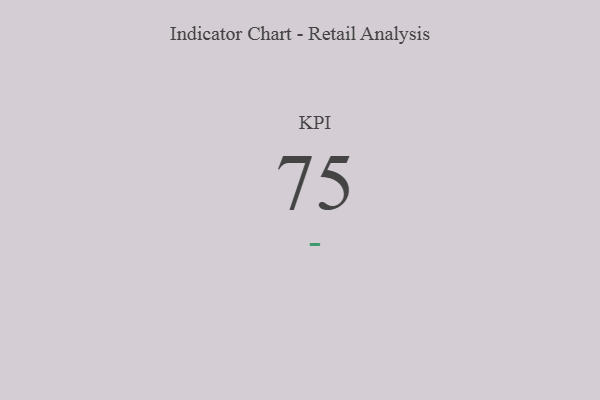
{"axis": {"x": "KPI", "y": "Value"}, "legend": [""], "data": [{"x": "KPI", "y": 75, "type": ""}]}